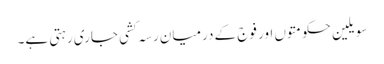
سویلین حکومتوں اور فوج کے درمیان رسہ کشی جاری رہتی ہے۔